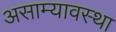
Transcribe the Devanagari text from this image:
असाम्यावस्था